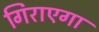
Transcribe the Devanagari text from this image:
गिराएगा